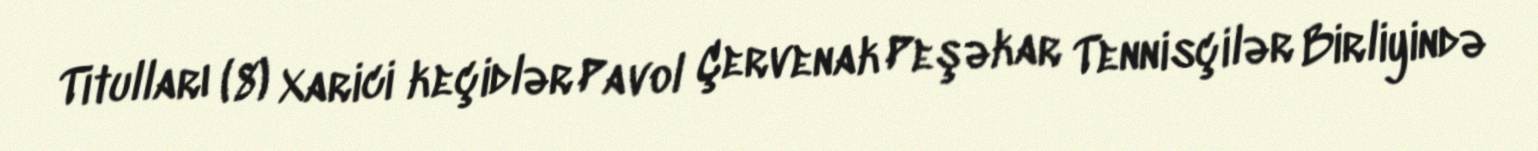
Titulları (8) Xarici keçidlər Pavol Çervenak Peşəkar Tennisçilər Birliyində